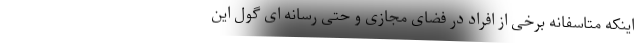
اینکه متاسفانه برخی از افراد در فضای مجازی و حتی رسانه ای گول این